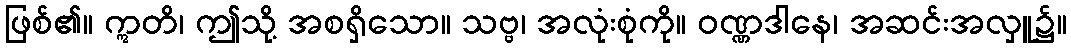
ဖြစ်၏။ ဣတိ၊ ဤသို့ အစရှိသော။ သဗ္ဗ၊ အလုံးစုံကို။ ဝဏ္ဏဒါနေ၊ အဆင်းအလှူ၌။